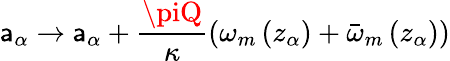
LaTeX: \mathsf{a}_{\alpha}\rightarrow\mathsf{a}_{\alpha}+\frac{{\piQ}}{{\kappa}}\left(\omega_{m}\left(z_{\alpha}\right)+\bar{{\omega}}_{m}\left(z_{\alpha}\right)\right)